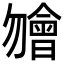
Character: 𣍐